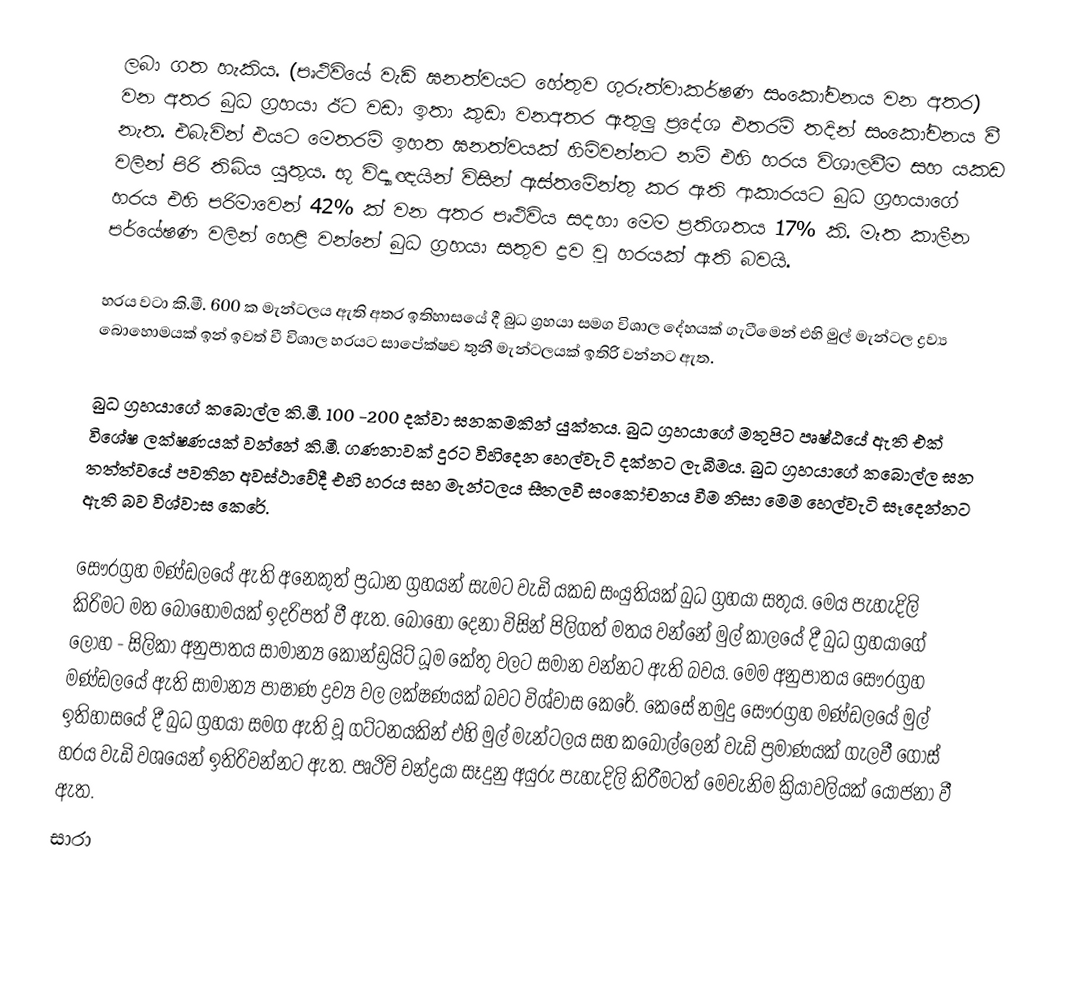
ලබා ගත හැකිය. (පෘථිවියේ වැඩි ඝනත්වයට හේතුව ගුරුත්වාකර්ෂණ සංකෝචනය වන අතර) වන අතර බුධ ග්‍රහයා ඊට වඩා ඉතා කුඩා වනඅතර ඇතුලු ප්‍ර‍දේශ එතරම් තදින් සංකෝචනය වී නැත. ‍එබැවින් එයට මෙතරම් ඉහත ඝනත්වයක් හිමිවන්නට නම් එහි හරය විශාලවීම සහ යකඩ වලින් පිරි තිබිය යුතුය. භූ විද්‍යාඥයින් විසින් ඇස්තමේන්තු කර ඇති ආකාරයට බුධ ග්‍රහයාගේ හරය එහි පරිමාවෙන් 42% ක් වන අතර පෘථිවිය සදහා මෙම ප්‍රතිශතය 17% කි. මෑත කාලීන  පර්යේෂණ වලින් හෙළි වන්නේ බුධ ග්‍රහයා සතුව ද්‍රව වූ හරයක් ඇති බවයි.

හරය වටා කි.මී. 600 ක මැන්ටලය ඇති අතර ඉතිහාසයේ දී බුධ ග්‍රහයා සමග විශාල දේහයක් ගැටීමෙන් එහි මුල් මැන්ටල ද්‍රව්‍ය බොහොමයක් ඉන් ඉවත් වී විශාල හරයට සාපේක්ෂව තුනී මැන්ටලයක් ඉතිරි වන්නට ඇත.

බුධ ග්‍රහයාගේ ක‍‍‍බොල්ල කි.මී. 100 -200 දක්වා ඝනකමකින් යුක්තය. බුධ ග්‍රහයාගේ මතුපිට පෘෂ්ඨයේ ඇති එක් විශේෂ ලක්ෂණයක් වන්නේ කි.මී. ගණනාවක් දුරට විහිදෙන හෙල්වැටි  දක්නට ලැබීමය. බුධ ග්‍රහයාගේ කබොල්ල ඝන   තත්ත්වයේ පවතින අවස්ථා‍වේදී එහි හරය සහ මැන්ටලය සීතලවී සංකෝචනය  වීම නිසා මෙම හෙල්වැටි සෑදෙන්නට ඇති බව විශ්වාස කෙරේ.

සෞරග්‍රහ මණ්ඩලයේ ඇති අනෙකුත් ප්‍රධාන ග්‍රහයන් සැමට වැඩි යකඩ සංයුතියක් බුධ ග්‍රහයා සතුය.  මෙය පැහැදිලි කිරිමට මත බොහොමයක් ඉදරිපත් වී ඇත. බොහෝ දෙනා විසින් පිලිගත් මතය වන්නේ මුල් කාලයේ දී බුධ ග්‍රහයාගේ ලෝහ - සිලිකා අනුපාතය  සාමාන්‍ය කොන්ඩ්‍රයිට් ධූම කේතු වලට සමාන  වන්නට ඇති බවය. මෙම අනුපාතය සෞරග්‍රහ මණ්ඩලයේ ඇති සාමාන්‍ය පාෂාණ ද්‍රව්‍ය වල ලක්ෂණයක් බවට විශ්වාස කෙ‍රේ. කෙසේ නමුදු සෞරග්‍රහ මණ්ඩලයේ මුල් ඉතිහාසයේ දී බුධ ග්‍රහයා සමග ඇති වූ ගට්ටනයකින් එහි මුල් මැන්ටලය සහ කබොල්ලෙන් වැඩි ප්‍රමාණයක් ගැලවී ගොස් හරය වැඩි වශයෙන් ඉතිරිවන්නට ඇත. පෘථිවි චන්ද්‍රයා සෑදුනු අයුරු පැහැදිලි කිරීමටත් මෙවැනිම ක්‍රියාවලියක් යොජනා වී ඇත.
සාරා